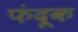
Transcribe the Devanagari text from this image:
फंदूक